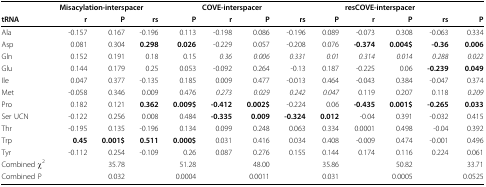
<table><thead><tr><td>[EMPTY_CELL]</td><td colspan="4"><b>Misacylation-interspacer</b></td><td colspan="4"><b>COVE-interspacer</b></td><td colspan="4"><b>resCOVE-interspacer</b></td></tr><tr><td><b>tRNA</b></td><td><b>r</b></td><td><b>P</b></td><td><b>rs</b></td><td><b>P</b></td><td><b>r</b></td><td><b>P</b></td><td><b>rs</b></td><td><b>P</b></td><td><b>r</b></td><td><b>P</b></td><td><b>rs</b></td><td><b>P</b></td></tr></thead><tbody><tr><td>Ala</td><td>-0.157</td><td>0.167</td><td>-0.196</td><td>0.113</td><td>-0.198</td><td>0.086</td><td>-0.196</td><td>0.089</td><td>-0.073</td><td>0.308</td><td>-0.063</td><td>0.334</td></tr><tr><td>Asp</td><td>0.081</td><td>0.304</td><td><b>0.298</b></td><td><b>0.026</b></td><td>-0.229</td><td>0.057</td><td>-0.208</td><td>0.076</td><td><b>-0.374</b></td><td><b>0.004$</b></td><td><b>-0.36</b></td><td><b>0.006</b></td></tr><tr><td>Gln</td><td>0.152</td><td>0.191</td><td>0.18</td><td>0.15</td><td><i>0.36</i></td><td><i>0.006</i></td><td><i>0.331</i></td><td><i>0.01</i></td><td><i>0.314</i></td><td><i>0.014</i></td><td><i>0.288</i></td><td><i>0.022</i></td></tr><tr><td>Glu</td><td>0.144</td><td>0.179</td><td>0.25</td><td>0.053</td><td>-0.092</td><td>0.264</td><td>-0.13</td><td>0.187</td><td>-0.225</td><td>0.06</td><td><b>-0.239</b></td><td><b>0.049</b></td></tr><tr><td>Ile</td><td>0.047</td><td>0.377</td><td>-0.135</td><td>0.185</td><td>0.009</td><td>0.477</td><td>-0.013</td><td>0.464</td><td>-0.043</td><td>0.384</td><td>-0.047</td><td>0.374</td></tr><tr><td>Met</td><td>-0.058</td><td>0.346</td><td>0.009</td><td>0.476</td><td><i>0.273</i></td><td><i>0.029</i></td><td><i>0.242</i></td><td><i>0.047</i></td><td>0.119</td><td>0.207</td><td>0.118</td><td><i>0.209</i></td></tr><tr><td>Pro</td><td>0.182</td><td>0.121</td><td><b>0.362</b></td><td><b>0.009$</b></td><td><b>-0.412</b></td><td><b>0.002$</b></td><td>-0.224</td><td>0.06</td><td><b>-0.435</b></td><td><b>0.001$</b></td><td><b>-0.265</b></td><td><b>0.033</b></td></tr><tr><td>Ser UCN</td><td>-0.122</td><td>0.256</td><td>0.008</td><td>0.484</td><td><b>-0.335</b></td><td><b>0.009</b></td><td><b>-0.324</b></td><td><b>0.012</b></td><td>-0.04</td><td>0.391</td><td>-0.032</td><td>0.415</td></tr><tr><td>Thr</td><td>-0.195</td><td>0.135</td><td>-0.196</td><td>0.134</td><td>0.099</td><td>0.248</td><td>0.063</td><td>0.334</td><td>0.0001</td><td>0.498</td><td>-0.04</td><td>0.392</td></tr><tr><td>Trp</td><td><b>0.45</b></td><td><b>0.001$</b></td><td><b>0.511</b></td><td><b>0.000$</b></td><td>0.031</td><td>0.416</td><td>0.034</td><td>0.408</td><td>-0.009</td><td>0.474</td><td>-0.001</td><td>0.496</td></tr><tr><td>Tyr</td><td>-0.112</td><td>0.254</td><td>-0.109</td><td>0.26</td><td>0.087</td><td>0.276</td><td>0.155</td><td>0.144</td><td>0.174</td><td>0.116</td><td>0.224</td><td>0.061</td></tr><tr><td>Combined χ<sup>2</sup></td><td>[EMPTY_CELL]</td><td>35.78</td><td>[EMPTY_CELL]</td><td>51.28</td><td>[EMPTY_CELL]</td><td>48.00</td><td>[EMPTY_CELL]</td><td>35.86</td><td>[EMPTY_CELL]</td><td>50.82</td><td>[EMPTY_CELL]</td><td>33.71</td></tr><tr><td>Combined P</td><td>[EMPTY_CELL]</td><td>0.032</td><td>[EMPTY_CELL]</td><td>0.0004</td><td>[EMPTY_CELL]</td><td>0.0011</td><td>[EMPTY_CELL]</td><td>0.031</td><td>[EMPTY_CELL]</td><td>0.0005</td><td>[EMPTY_CELL]</td><td>0.0525</td></tr></tbody></table>